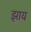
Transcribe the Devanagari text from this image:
झाय